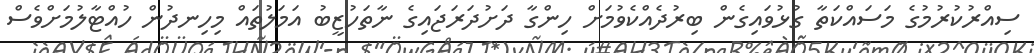
ސިއްރުކުރުމުގެ މަސައްކަތާ ގުޅުވައިގެން ބިރުދެއްކެވުމަށް ހިންގާ ދަށުދަރަޖައިގެ ނާތަހުޒީބު އަމަލުތައް މިހިނދުން ހުއްޓާލުމަށްވެސް